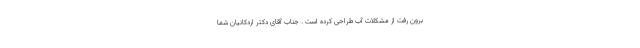
برون رفت از مشکلات آب طراحی کرده است . جناب آقای دکتر اردکانیان شما